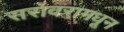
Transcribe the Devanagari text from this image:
सरोवरामधून